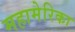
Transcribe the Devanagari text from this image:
महामेरिका